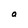
Character: a